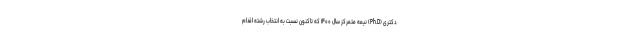
دکتری (Ph.D) نیمه متمرکز سال ۱۴۰۰ که تاکنون نسبت به انتخاب رشته اقدام